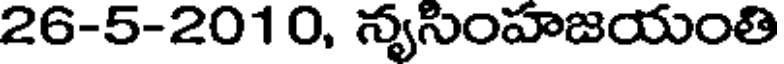
26-5-2010, న్యసింహజయంతి